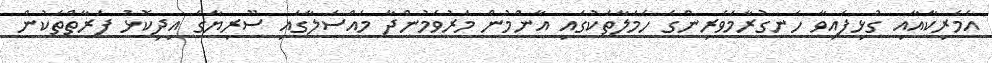
އެމެރިކާއާއި ގުޅިފައިވާ ހަނގުރާމަވެރިންގެ ހަމަލާތަކުގައި އާންމުން މަރުވަމުންދާ މައްސަލާގައި ސޫރިޔާގެ އިދިކޮޅު ފަރާތްތަކުން